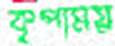
কৃপাময়